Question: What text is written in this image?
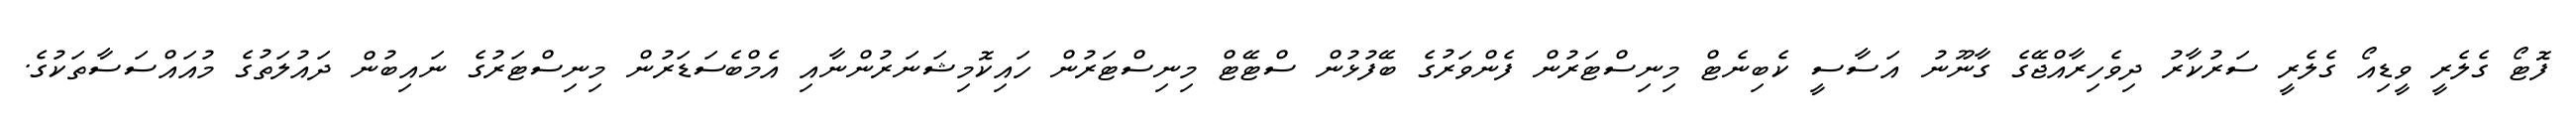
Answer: ފޮޓޯ ގެލެރީ ވީޑިއޯ ގެލެރީ ސަރުކާރު ދިވެހިރާއްޖޭގެ ގާނޫނު އަސާސީ ކެބިނެޓް މިނިސްޓަރުން ފެންވަރުގެ ބޭފުޅުން ސްޓޭޓް މިނިސްޓަރުން ހައިކޮމިޝަނަރުންނާއި އެމްބެސަޑަރުން މިނިސްޓަރުގެ ނައިބުން ދައުލަތުގެ މުއައްސަސާތަކުގެ.